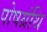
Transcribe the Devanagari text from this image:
पोषग्रंथि